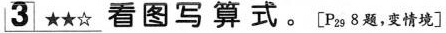
3★★☆看图写算式。[P_{29}8题，变情境]